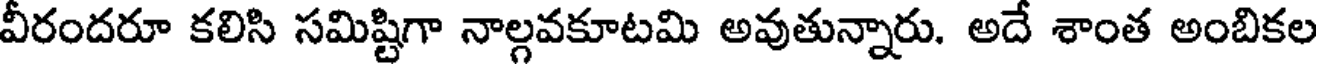
వీరందరూ కలిసి సమిష్టిగా నాల్గవకూటమి అవుతున్నారు. అదే శాంత అంబికల